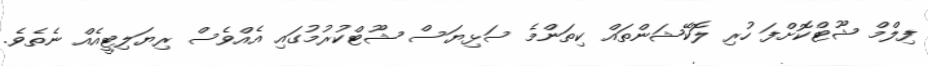
ފިލްމް ޝޫޓްކޮށްފަ ހުރި ލޮކޭޝަންތައް ކިތަންމެ ސަޅިޔަސް ޝޫޓްކުރުމުގައި އެއްވެސް ރިޔަލިޓީއެއް ނެތެވެ.